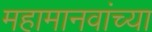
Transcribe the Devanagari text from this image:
महामानवांच्या